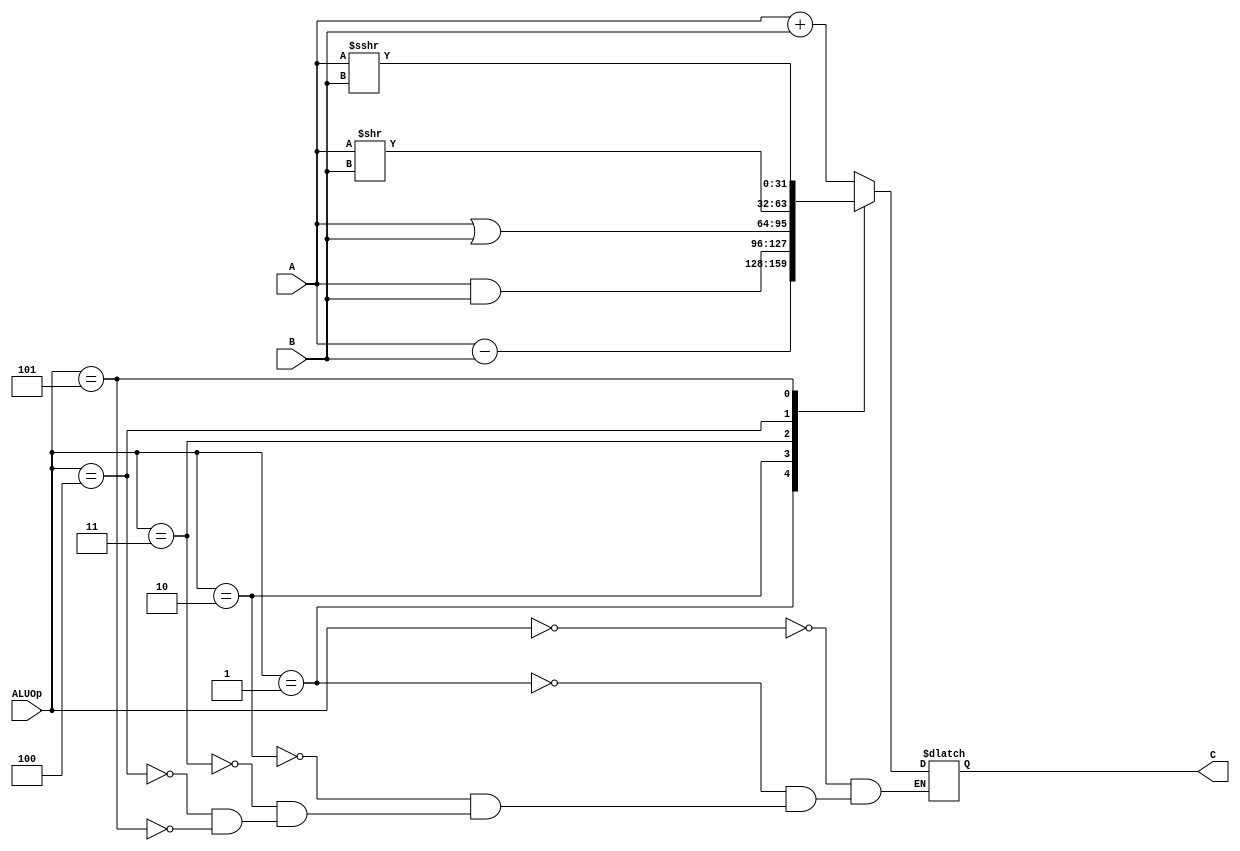
`timescale 1ns / 1ps
//////////////////////////////////////////////////////////////////////////////////
// Company: 
// Engineer: 
// 
// Design Name: 
// Module Name:    alu 
// Project Name: 
// Target Devices: 
// Tool versions: 
// Description: 
//
// Dependencies: 
//
// Revision: 
// Revision 0.01 - File Created
// Additional Comments: 
//
//////////////////////////////////////////////////////////////////////////////////
module alu(
    input [31:0] A,
    input [31:0] B,
    input [2:0] ALUOp,
    output reg [31:0] C
    );

	always @(*) begin
		case(ALUOp)
			3'b000:C = A + B;
			3'b001:C = A - B;
			3'b010:C = A & B;
			3'b011:C = A | B;
			3'b100:C = A >> B;
			3'b101:C = $signed($signed(A) >>> B);
		endcase
	end

endmodule